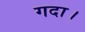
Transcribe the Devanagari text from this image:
गदा।